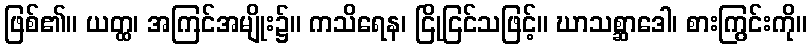
ဖြစ်၏။ ယတ္ထ၊ အကြင်အမျိုး၌။ ကသိရေန၊ ငြိုငြင်သဖြင့်။ ဃာသစ္ဆာဒေါ၊ စားကြွင်းကို။